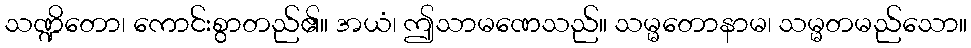
သဏ္ဍိတော၊ ကောင်းစွာတည်၏။ အယံ၊ ဤသာမဏေသည်။ သမ္မတောနာမ၊ သမ္မတမည်သော။